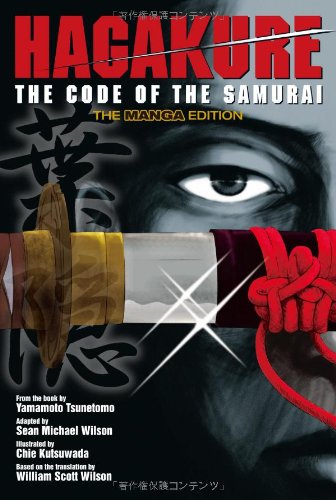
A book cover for Hagakure: The Code of the Samurai (The Manga Edition); Yamamoto Tsunetomo; Comics & Graphic Novels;